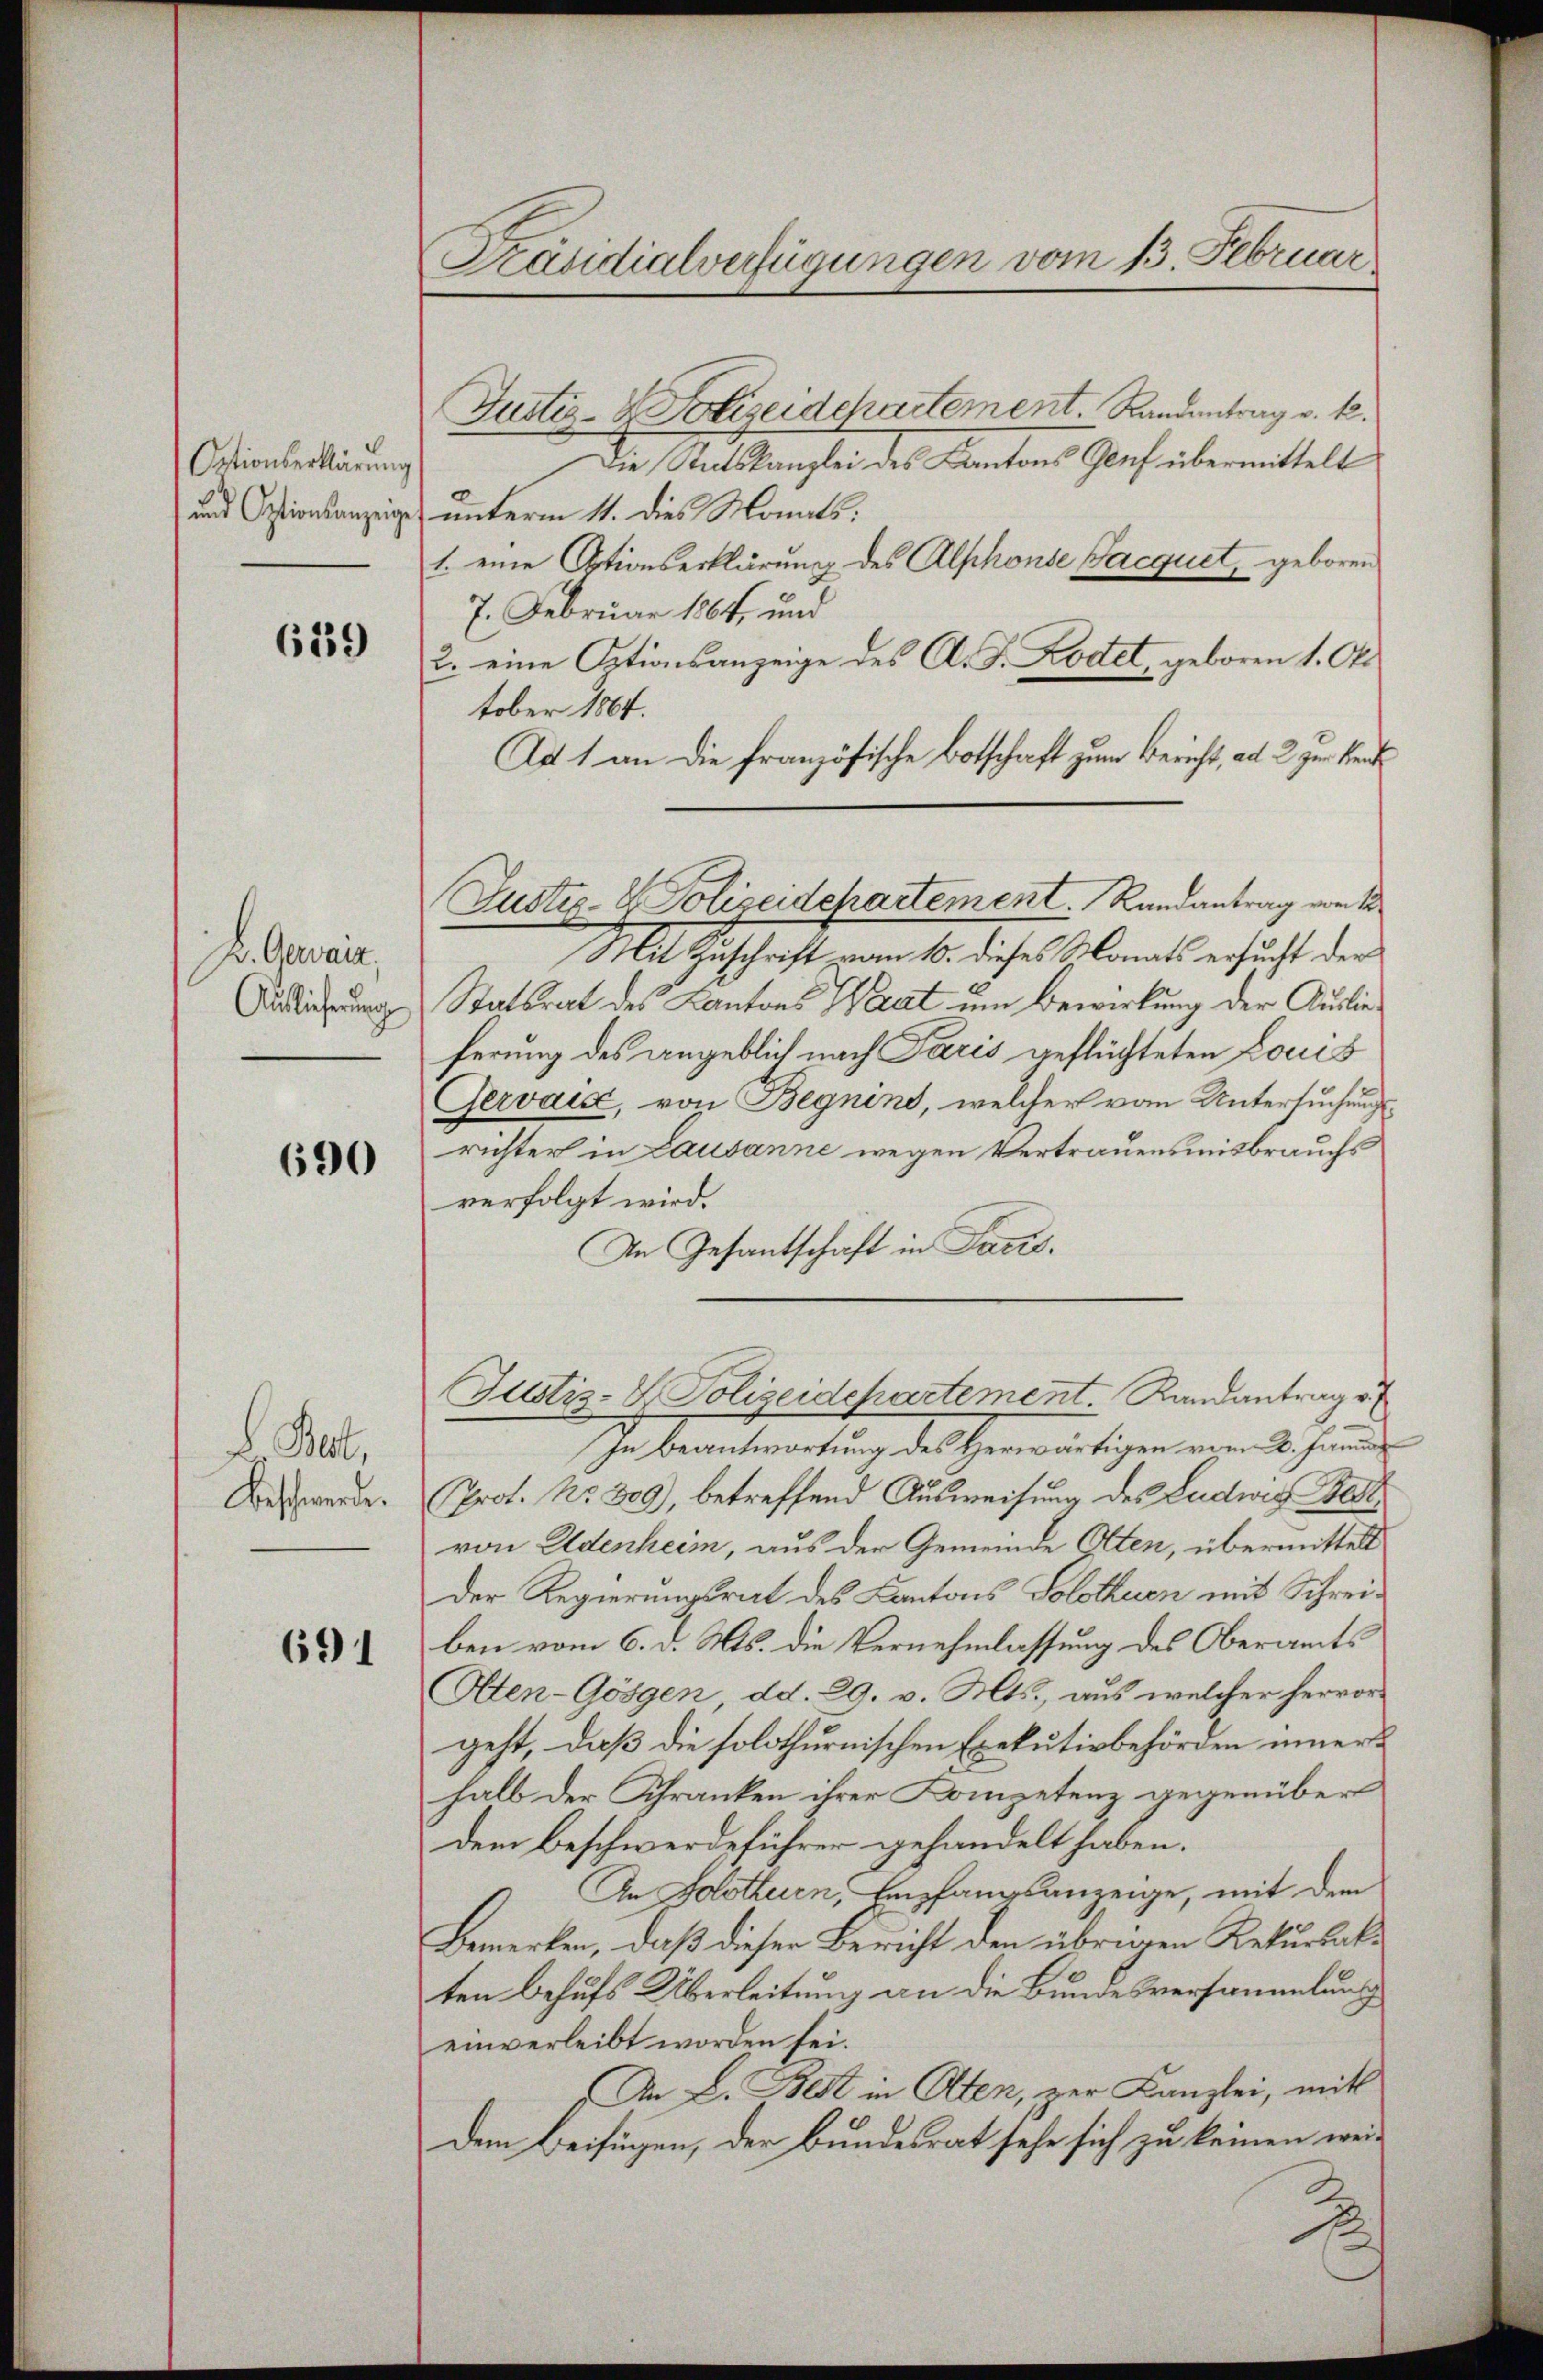
Ortionserklärung
und Optionsanzeige

6139

H. Gewalt,
Auslieferung

690

Bet,
Beschwerde.

691

Präsidialverfügungen vom 13. Februar

Justiz- & Polizeidepartement. Randentrag v. M.
Die Staatskanzlei des Kantons Genf übermittelt
unterm 11. dies Monats:
1. eine Optionserklärung des Alphonse Jacquet, geboren
7. Februar 1864, und
2. eine Optionsanzeige des A. F. Kostet, geboren 1. Okt
tober 1864.
Ad 1 an die französische Botschaft zum Bericht, ad 2 zur Kerk
Mlt Geschaft vom 10. dieses st. Canals ersucht der
Statsrat des Kantons Waat um Bewirkung der Auslieferung des angeblich nach Paris geflüchteten Louis
Gervai, von Begnins, welcher vom Untersuchungsrichter in Lausanne wegen Vertrauensmisbrauchs
verfolgt wird.
An Gesantschaft in Facis.
Justiz-S. Polizeidepartement. Randantrage
In Beantwortung des Herwärtigen vom 20. Janua
Prot. No. 309), betreffend Ausweisung des Ludwig Bes
von Eldenheim, aus der Gemeinde Otten, übermittelt
Der Regierungsrat des Kantons Solothuen mit Schreiben vom 6. d. Ms. die Vernehmlassung des Oberamts
Aten-Gösgen, dd. 29. v. Mts., aus welcher hervor-
geht, daß die solothurnischen Exekutivbehörden innerhalb der Schranken ihrer Kompetenz gegenüber
dem Beschwerdeführer gehandelt haben.
An Solothurn, Empfangsanzeige, mit dem
Bemerken, daß dieser Bericht den übrigen Rekursakten Behufs Überleitung an die Bundesversammlung
einverleibt worden sei.
An L. Best in Aten, zur Kanzlei, mitt
Dem Beifügen, der Bundesrat sehe sich zu keinen wei¬
.

Justiz- & Polizeidchartement. Randantrag von 1